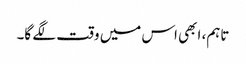
تاہم، ابھی اس میں وقت لگے گا۔